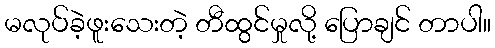
မလုပ်ခဲ့ဖူးသေးတဲ့ တီထွင်မှုလို့ ပြောချင် တာပါ။